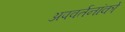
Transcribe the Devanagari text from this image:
अपवर्तनांकों